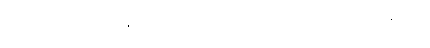
ဤသို့။ အဝေါစ၊ မိန့်တော်မူ၏။ တတိယံ၊ တတိသုတ်သည်။ နိဋ္ဌိတံ၊